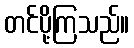
တင်ပို့ကြသည်။